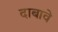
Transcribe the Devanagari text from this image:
दाबावे